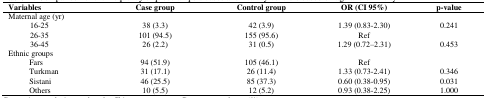
<table><thead><tr><td colspan="3"><b>Variables</b></td><td><b>Case group</b></td><td><b>Control group</b></td><td><b>OR (CI 95%)</b></td><td><b>p-value</b></td></tr></thead><tbody><tr><td colspan="3">Maternal age (yr)</td><td></td><td></td><td></td><td></td></tr><tr><td colspan="2"></td><td>16-25</td><td>38 (3.3)</td><td>42 (3.9)</td><td>1.39 (0.83-2.30)</td><td>0.241</td></tr><tr><td colspan="2"></td><td>26-35</td><td>101 (94.5)</td><td>155 (95.6)</td><td>Ref</td><td></td></tr><tr><td colspan="2"></td><td>36-45</td><td>26 (2.2)</td><td>31 (0.5)</td><td>1.29 (0.72–2.31)</td><td>0.453</td></tr><tr><td colspan="3">Ethnic groups</td><td></td><td></td><td></td><td></td></tr><tr><td></td><td colspan="2">Fars</td><td>94 (51.9)</td><td>105 (46.1)</td><td>Ref</td><td></td></tr><tr><td></td><td colspan="2">Turkman</td><td>31 (17.1)</td><td>26 (11.4)</td><td>1.33 (0.73-2.41)</td><td>0.346</td></tr><tr><td></td><td colspan="2">Sistani</td><td>46 (25.5)</td><td>85 (37.3)</td><td>0.60 (0.38-0.95)</td><td>0.031</td></tr><tr><td></td><td colspan="2">Others</td><td>10 (5.5)</td><td>12 (5.2)</td><td>0.93 (0.38-2.25)</td><td>1.000</td></tr></tbody></table>